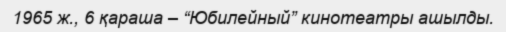
1965 ж., 6 қараша – “Юбилейный” кинотеатры ашылды.